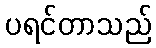
ပရင်တာသည်